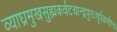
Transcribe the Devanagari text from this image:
व्याघ्रमुखसुह्मकर्वटचान्द्रपुराःषूर्पकर्णाष्च।